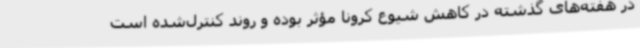
در هفته‌های گذشته در کاهش شیوع کرونا مؤثر بوده و روند کنترل‌شده است